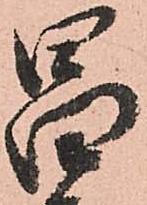
昌